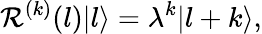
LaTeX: \mathcal{R}^{(k)}(l)|l\rangle=\lambda^{k}|l+k\rangle,